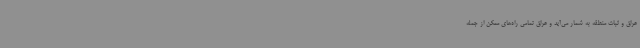
عراق و ثبات منطقه به شمار می‌آید و عراق تمامی راه‌های ممکن از جمله